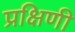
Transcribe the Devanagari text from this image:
प्रक्षिणी